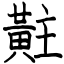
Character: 黈